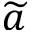
\widetilde { a }